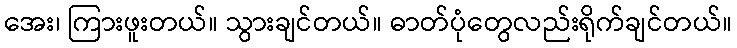
အေး၊ ကြားဖူးတယ်။ သွားချင်တယ်။ ဓာတ်ပုံတွေလည်းရိုက်ချင်တယ်။